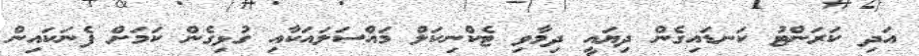
އަދި ކަރަންޓު ކަނޑައިގެން ދިޔައީ ދިމާވި ޓެކްނިކަލް މައްސަލައަކާއި ގުޅިގެން ކަމަށް ފެނަކައިން